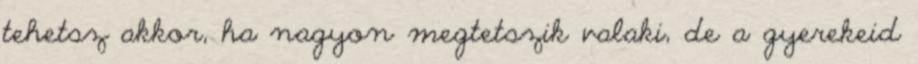
tehetsz akkor, ha nagyon megtetszik valaki, de a gyerekeid